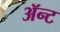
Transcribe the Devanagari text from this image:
ॲन्ट